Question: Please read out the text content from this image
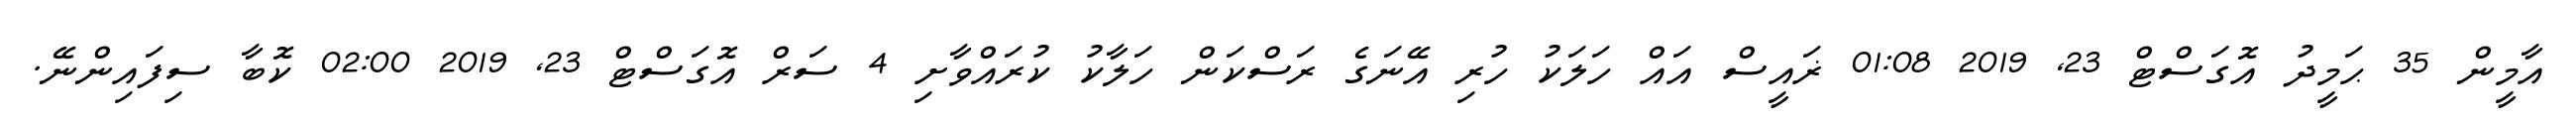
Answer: އާމީން 35 ޙަމީދު އޮގަސްޓް 23, 2019 01:08 ޜައީސް އައް ހަލަކު ހުރި އޭނަގެ ރަސްކަން ހަލާކު ކުރައްވާށި 4 ސަރް އޮގަސްޓް 23, 2019 02:00 ކޮބާ ސިފައިންނޭ.